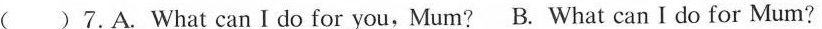
( )7.A. What can I do for you,Mum? B. What can I do for Mum?